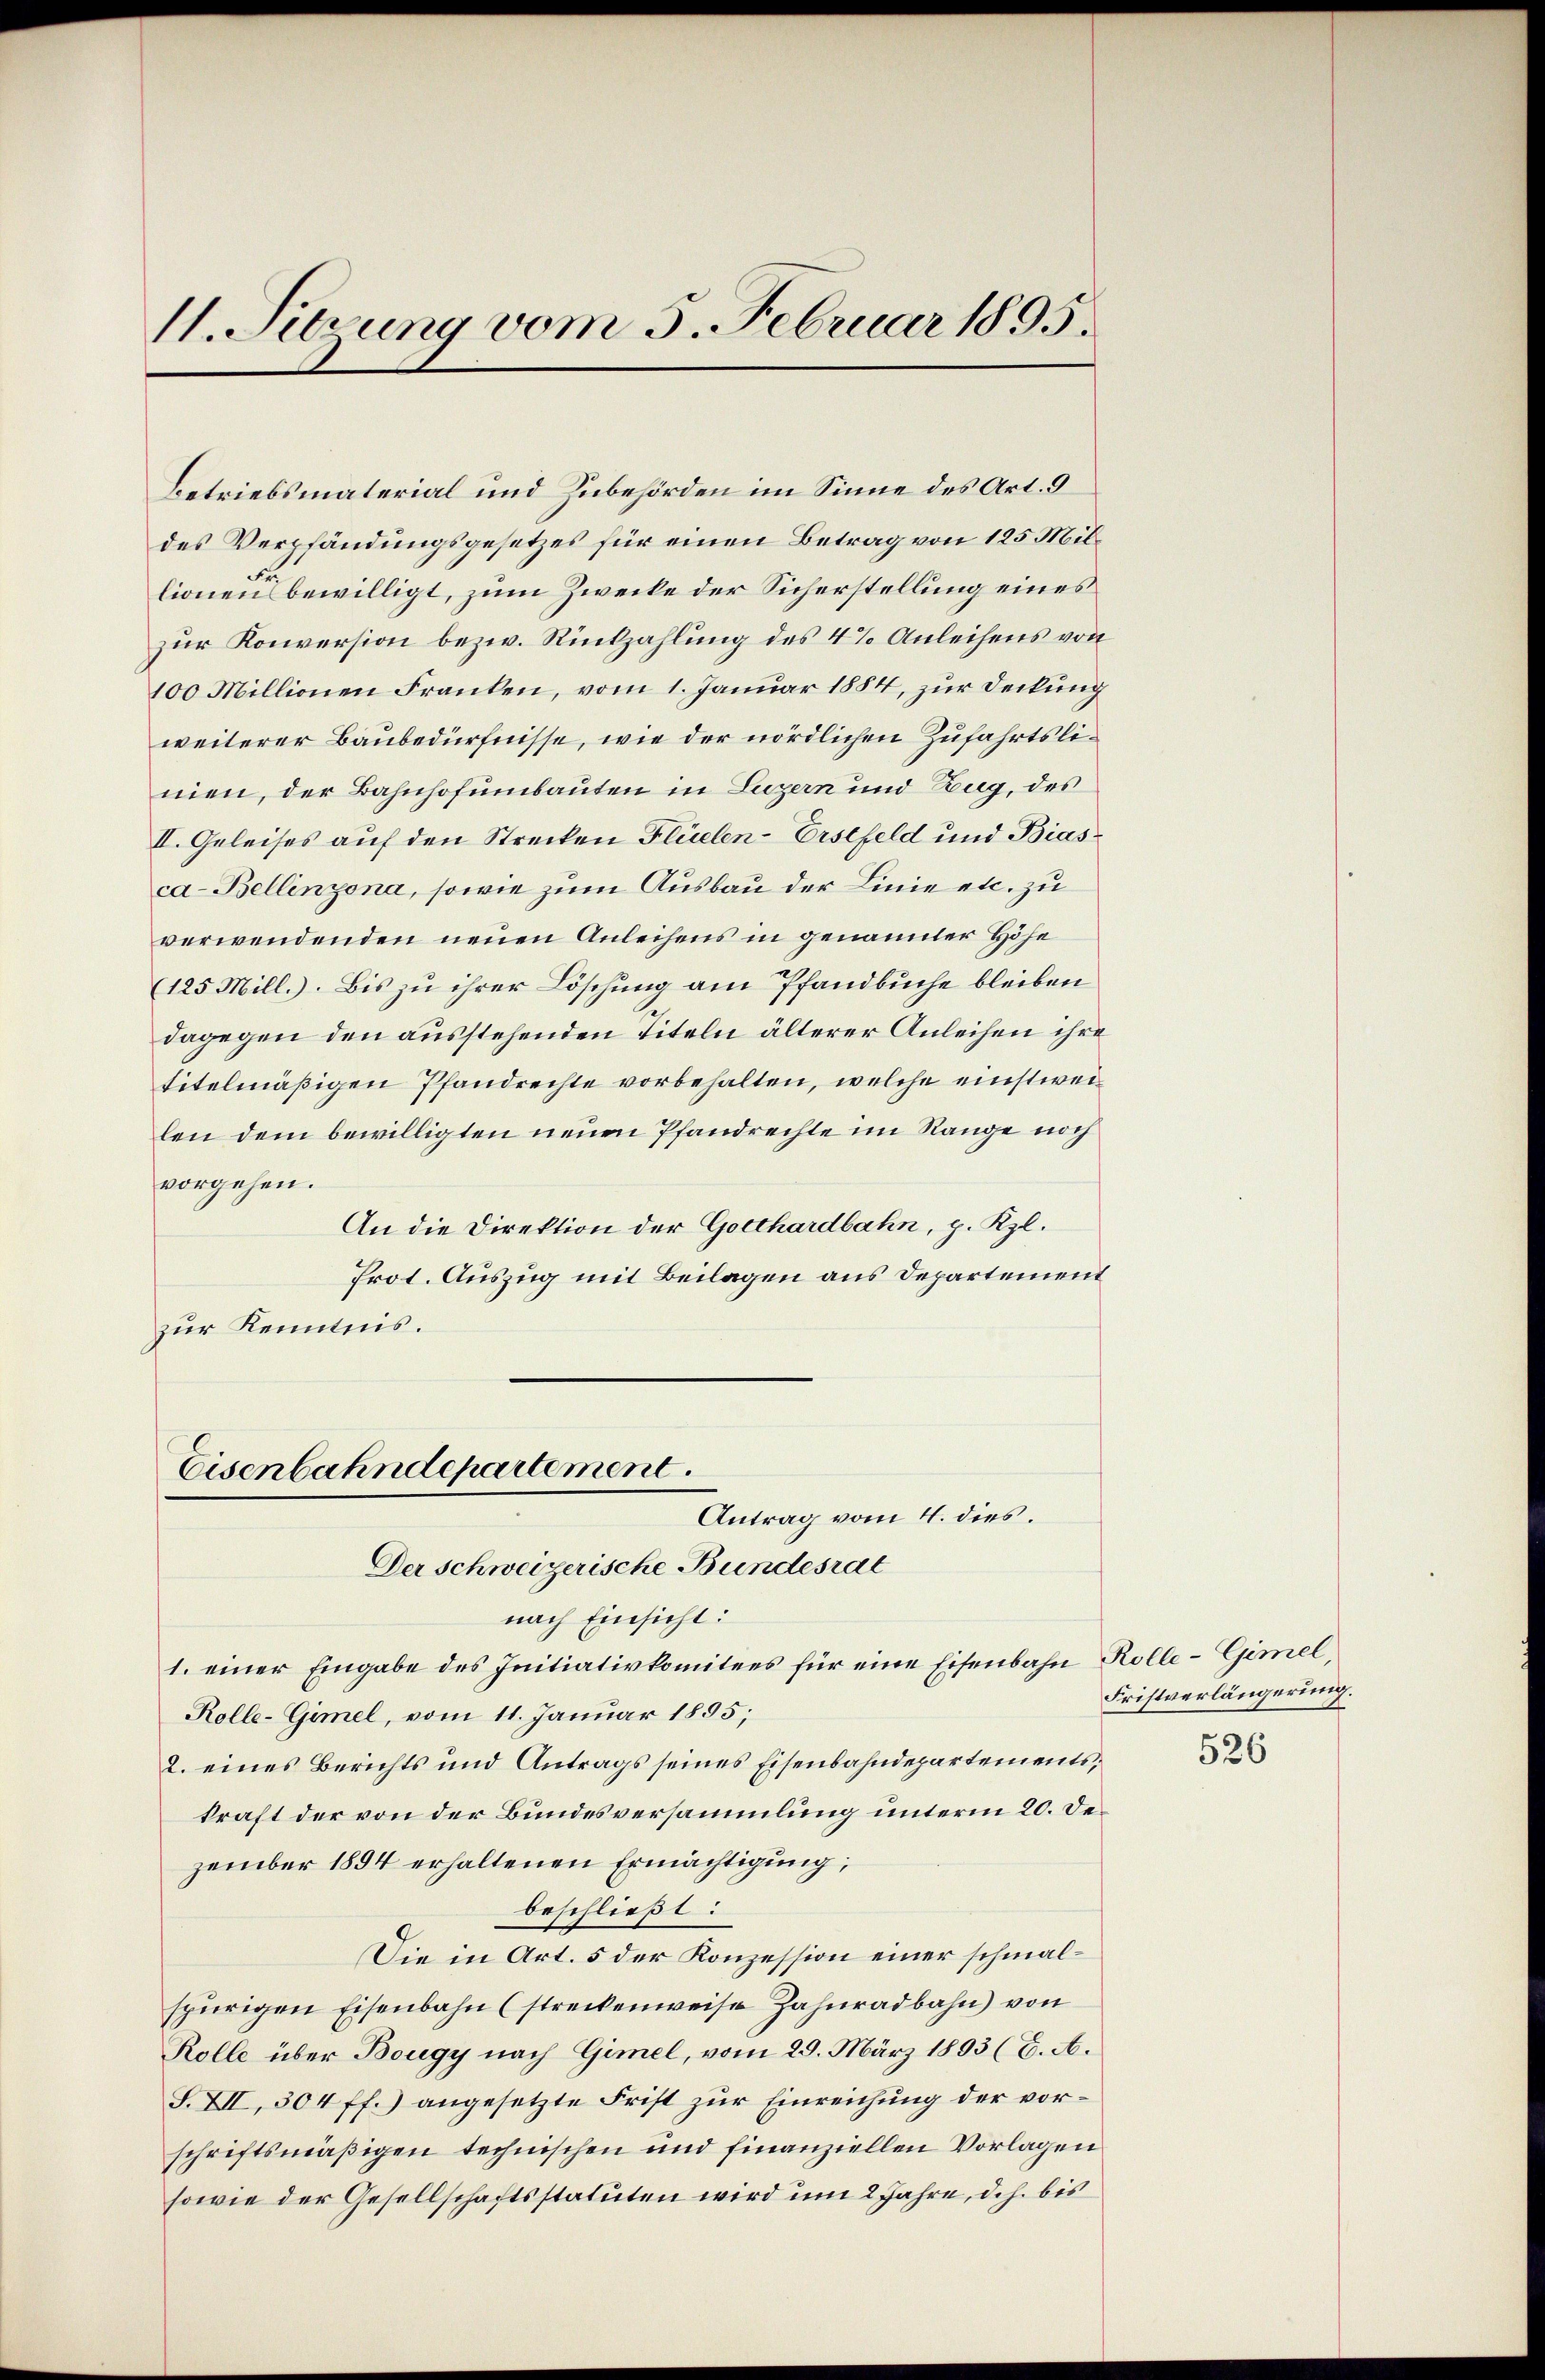
1. Sitzung vom 5. Februar 1895.

Betriebsmaterial und Zubehörden im Sinne des Art. 9
des Verpfändungsgesetzes für einen Betrag von 125 Mil¬
Fr.
lionen bewilligt, zum Zwecke der Sicherstellung eines
zur Konversion bezw. Rückzahlung des 4% Anleihens von
100 Millionen Franken, vom 1. Januar 1884, zur Deckung
weiterer Baubedürfnisse, wie der nördlichen Zufahrtslinien, der Bahnhofumbauten in Luzern und Zug, des
II. Geleises auf den Strecken Flüelen-Erstfeld und Biasca-Bellinzona, sowie zum Ausbau der Linie etc. zu
verwendenden neuen Anleihens in genannter Höhe
(125 Mill.). Bis zu ihrer Löschung am Pfandbuche bleiben
dagegen den ausstehenden Titeln älterer Anleihen ihre
titelmäßigen Pfandrechte vorbehalten, welche einstweilen dem bewilligten neuen Pfandrechte im Range noch
vorgehen.
An die Direktion der Gotthardbahn, p. Kzl.
Prot. Auszug mit Beilagen aus Departement
zur Kenntnis.

Eisenbahndepartement.
Antrag vom 4. dies.

Der schweizerische Bundesrat
nach Einsicht:
1. einer Eingabe des Initiativkomitees für eine Eisenbahn Kolle-Gimel,
Rolle-Gimel, vom 11. Januar 1855;
2. eines Berichts und Antrags seines Eisenbahndepartements,
kraft der von der Bundesversammlung unterm 20. Dezember 1894 erhaltenen Ermächtigung,
beschließt:
Die in Art. 5 der Konzession einer schmalspurigen Eisenbahn (streckenweise Zahnradbahn) von
Rolle über Bougy nach Gimel, vom 29. März 1803 (C. A.
S. XII, 304 ff.) angesetzte Frist zur Einreichung der vorschriftsmäßigen technischen und finanziellen Vorlagen
sowie der Gesellschaftsstatuten wird um 2 Jahre, d.h. bis

Fristverlängerung.

526